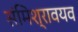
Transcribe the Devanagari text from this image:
संमिश्रावयव